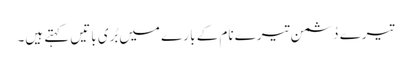
تیرے دُشمن تیرے نام کے با رے میں بُری باتیں کہتے ہیں۔